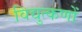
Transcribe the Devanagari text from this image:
विद्युत्कणों